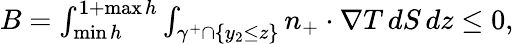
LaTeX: \begin{array}{r}{B=\int_{\operatorname*{min}h}^{1+\operatorname*{max}h}\int_{\gamma^{+}\cap\{ y_{2}\leq z\} }n_{+}\cdot\nabla T\, dS\, dz\leq 0,}\end{array}